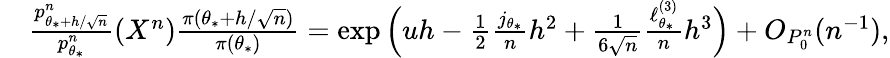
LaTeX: \begin{array}{r}{\quad\frac{p_{\theta_{*}+h/\sqrt{n}}^{n}}{p_{\theta_{*}}^{n}}(X^{n})\frac{\pi(\theta_{*}+h/\sqrt{n})}{\pi(\theta_{*})}=\exp\Big(uh-\frac{1}{2}\frac{j_{\theta_{*}}}{n}h^{2}+\frac{1}{6\sqrt{n}}\frac{\ell_{\theta_{*}}^{(3)}}{n}h^{3}\Big)+O_{P_{0}^{n}}(n^{-1}),}\end{array}